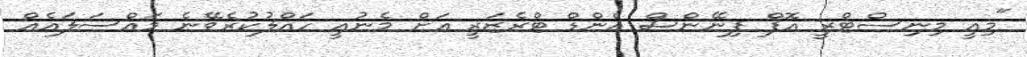
"މިއީ މިނިސްޓްރީ އޮފް ފިނޭންސް އެންޑް ޓްރެޒަރީ އަށް މެނުއީ ހައްލުކުރެވޭނެ މައްސަލައެއް